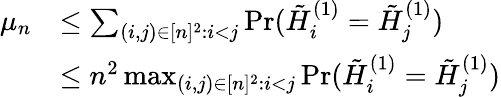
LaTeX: \begin{array}{rl}{\mu_{n}}&{\le\sum_{{(i,j)\in[n]^{2}:i<j}}\operatorname*{Pr}(\tilde{{H}}_{i}^{(1)}=\tilde{{H}}_{j}^{(1)})}\\ &{\le n^{2}\operatorname*{max}_{{(i,j)\in[n]^{2}:i<j}}\operatorname*{Pr}(\tilde{{H}}_{i}^{(1)}=\tilde{{H}}_{j}^{(1)})}\end{array}